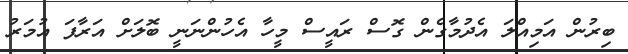
ބިރުން އަމިއްލަ އެދުމާގެން ގޮސް ރައީސް މީހާ އެހުންނަނީ ބޮލަށް އަރާފަ އުމަރު